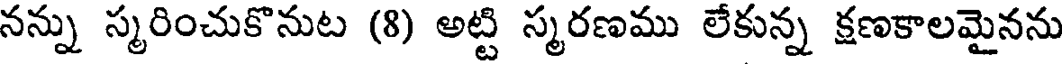
నన్ను స్మరించుకొనుట (8) అట్టి స్మరణము లేకున్న క్షణకాలమైనను